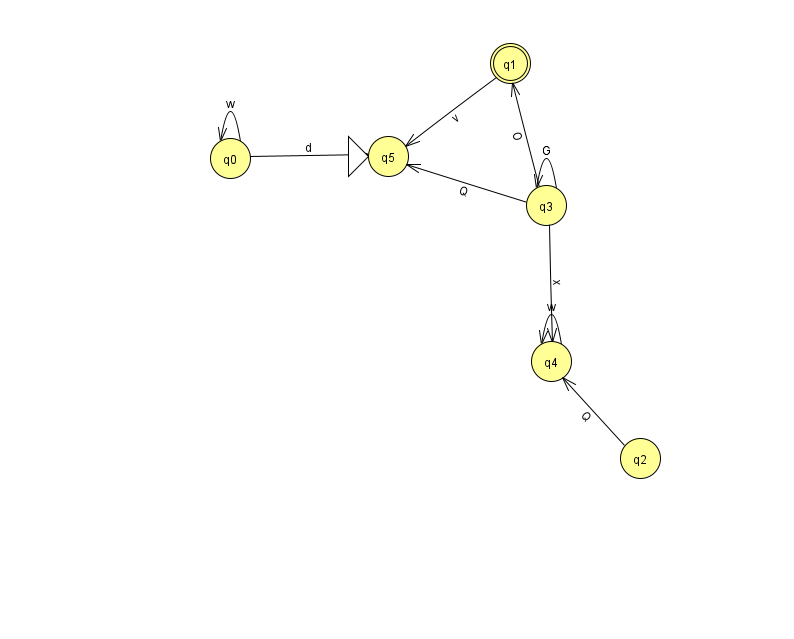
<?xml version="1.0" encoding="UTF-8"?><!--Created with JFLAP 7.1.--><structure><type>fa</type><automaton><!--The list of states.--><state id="0" name="q0"><x>230.0</x><y>145.0</y></state><state id="1" name="q1"><x>510.0</x><y>50.0</y><final/></state><state id="2" name="q2"><x>640.0</x><y>445.0</y></state><state id="3" name="q3"><x>546.0</x><y>192.0</y></state><state id="4" name="q4"><x>551.0</x><y>348.0</y></state><state id="5" name="q5"><x>388.0</x><y>143.0</y><initial/></state><!--The list of transitions.--><transition><from>3</from><to>1</to><read>O</read></transition><transition><from>1</from><to>5</to><read>v</read></transition><transition><from>0</from><to>0</to><read>w</read></transition><transition><from>3</from><to>3</to><read>G</read></transition><transition><from>4</from><to>4</to><read>w</read></transition><transition><from>0</from><to>5</to><read>d</read></transition><transition><from>3</from><to>4</to><read>x</read></transition><transition><from>2</from><to>4</to><read>Q</read></transition><transition><from>3</from><to>5</to><read>Q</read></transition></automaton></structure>